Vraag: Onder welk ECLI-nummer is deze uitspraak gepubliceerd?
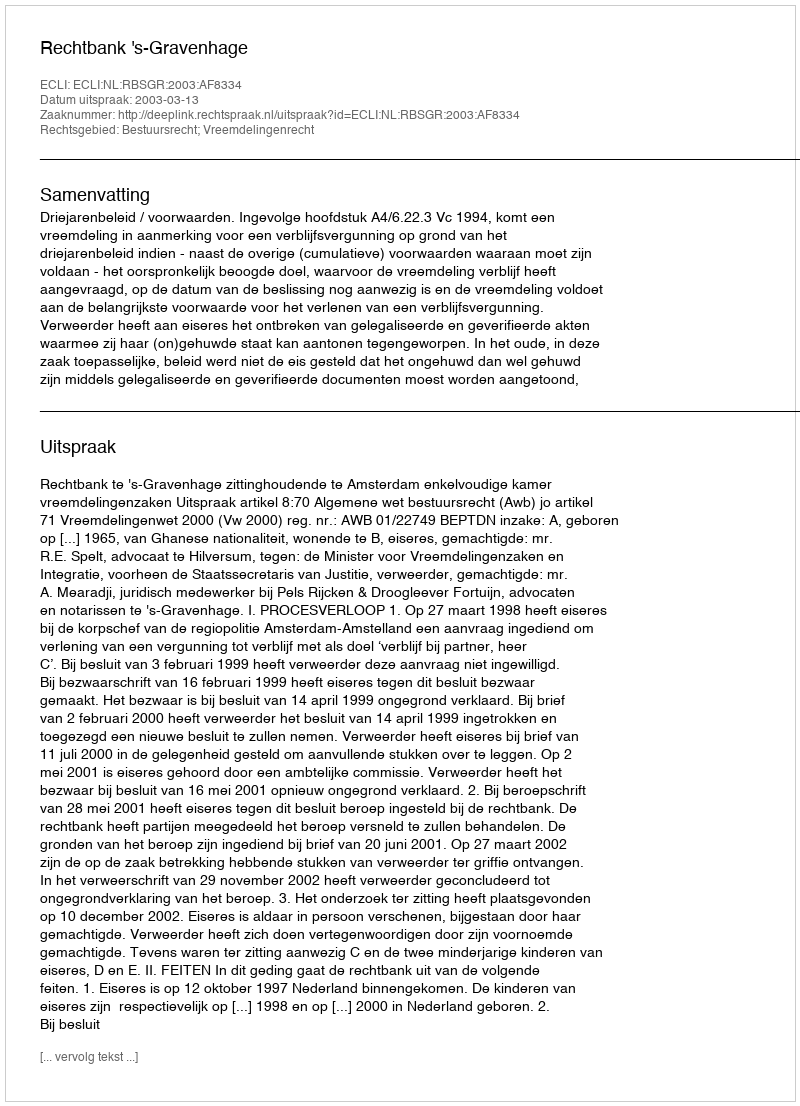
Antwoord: ECLI:NL:RBSGR:2003:AF8334